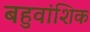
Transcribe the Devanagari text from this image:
बहुवांशिक